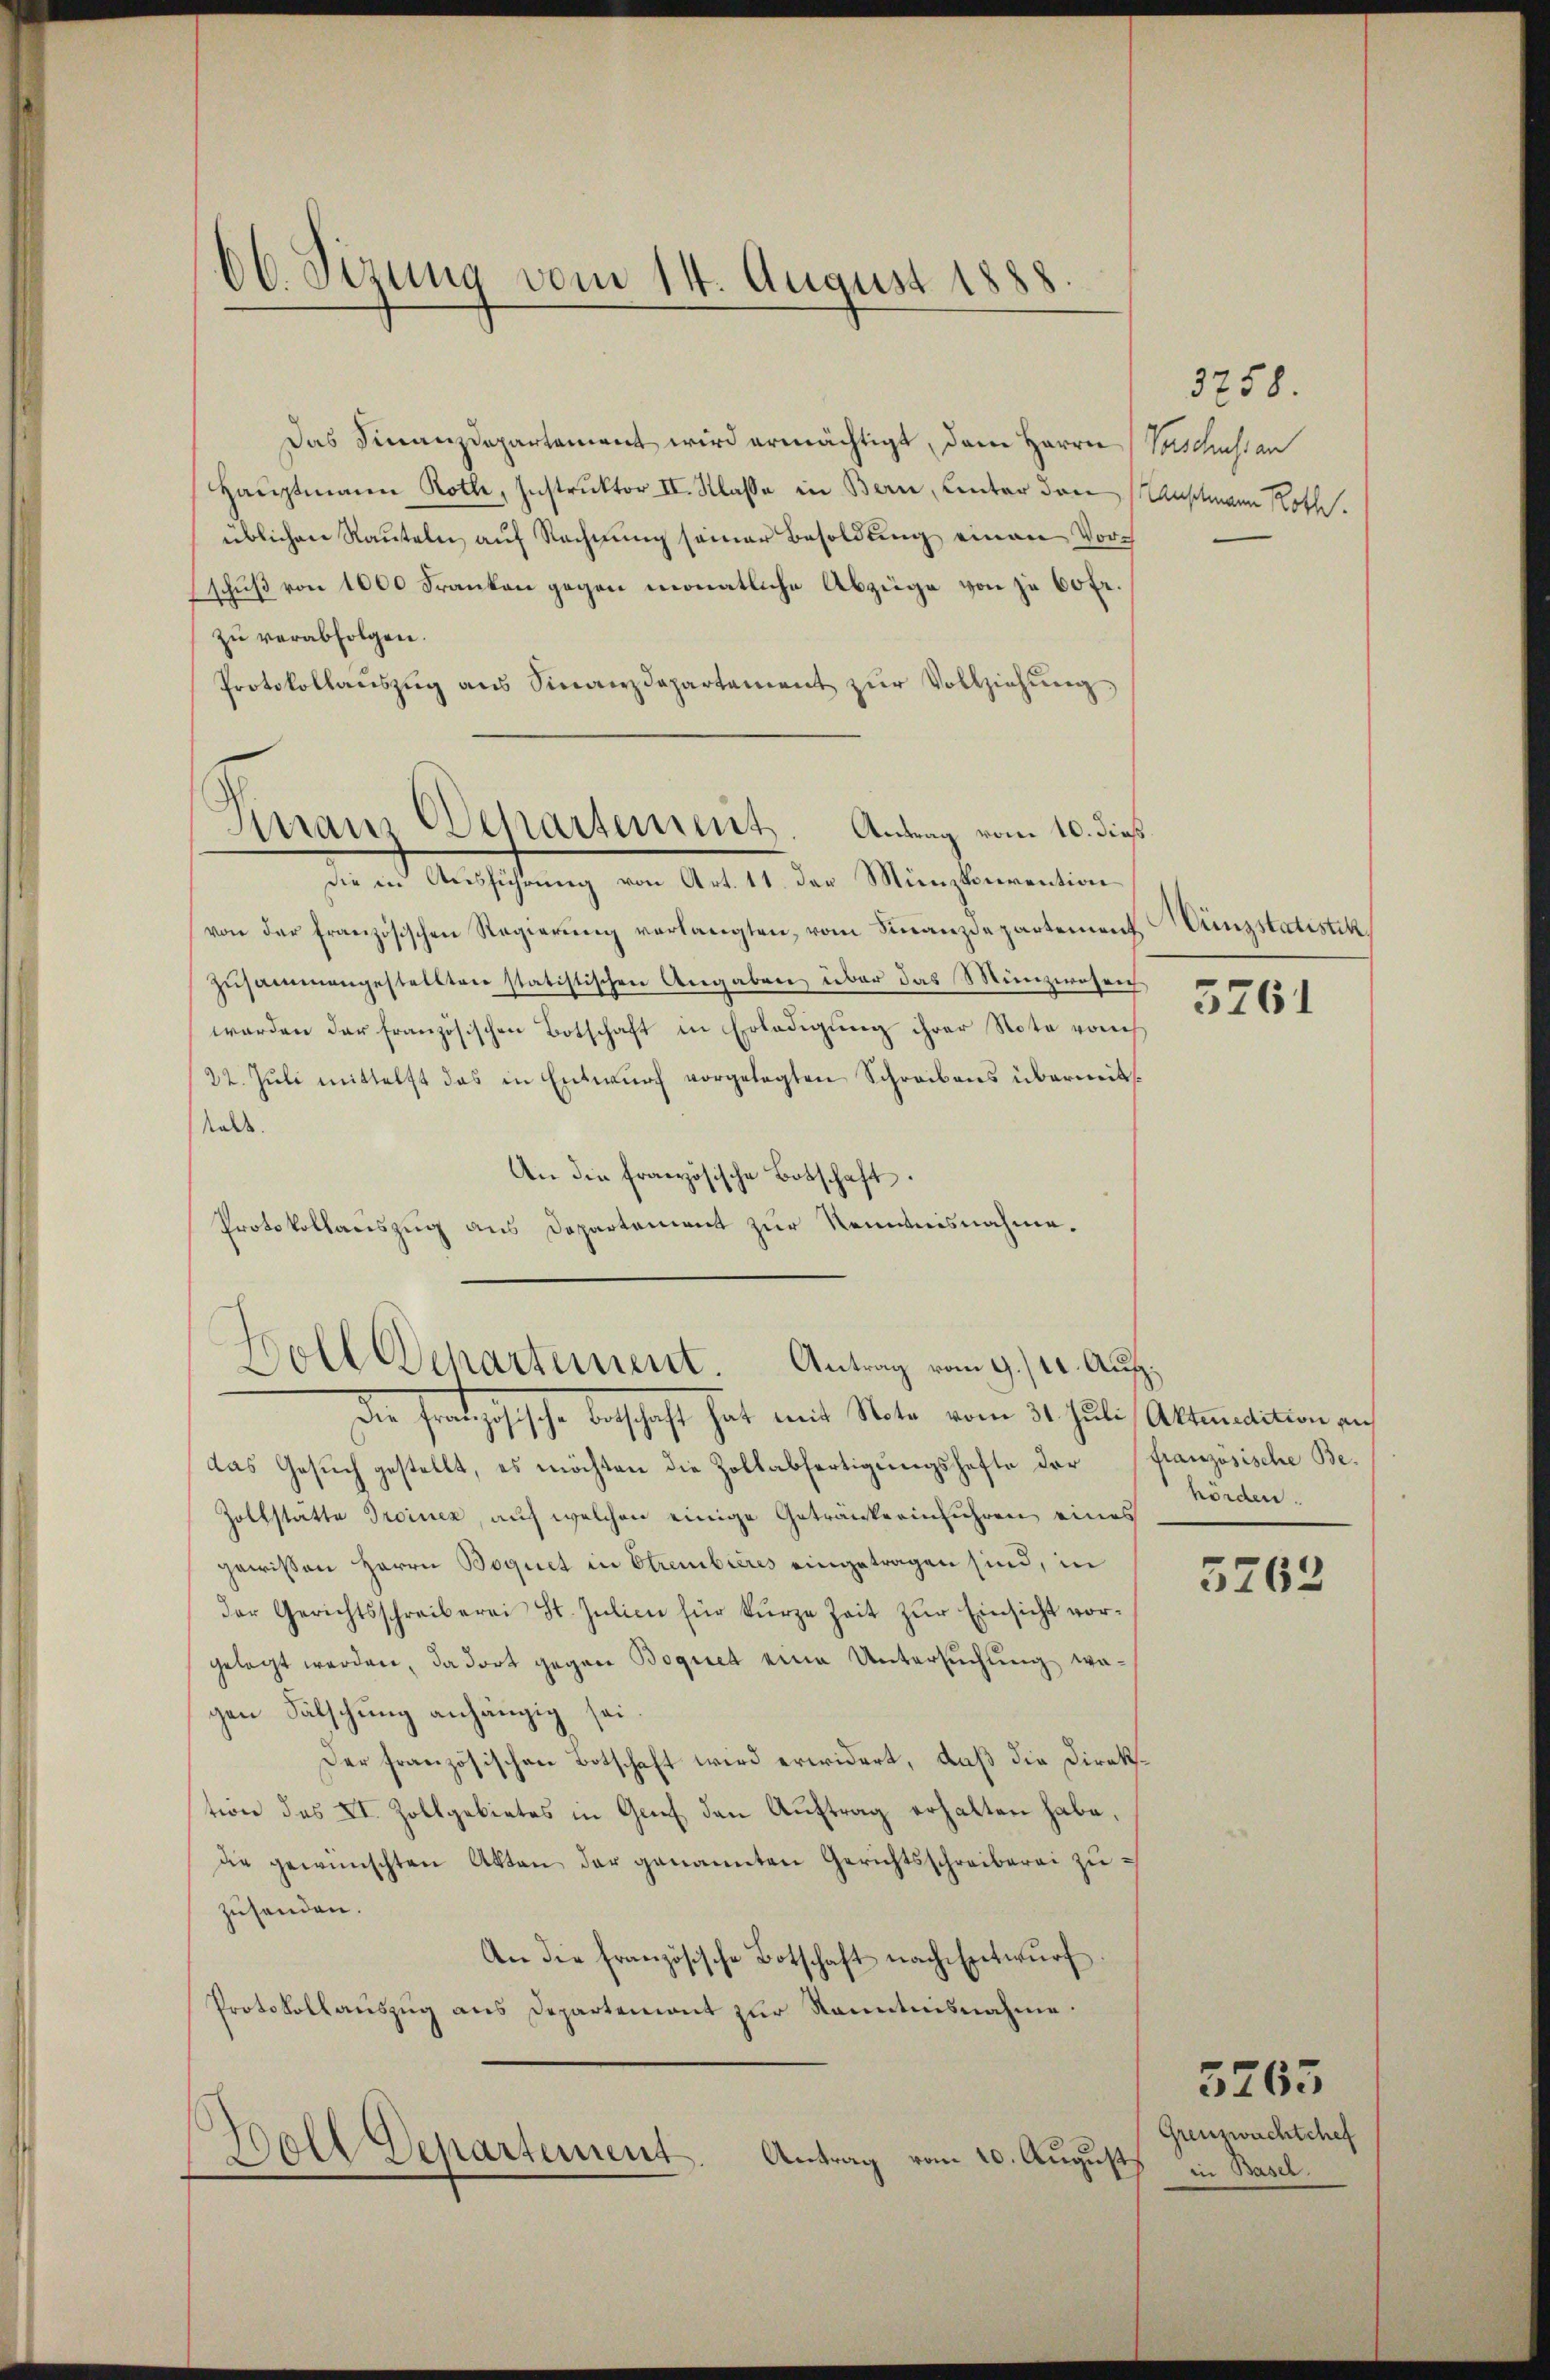
66. Sizung vom 14. August 1888

Das Finanzdepartament wird ermächtigt, dem Herrn Vorschuss an
Hauptmann Roth, Instruktor II. Klasse in Bern, Unter den
üblichen Raŭteln aŭf Rechnŭng seiner Besoldŭng einen Vorschuß von 1000 Franken gegen monatliche Abzüge von je 60 fr.
zŭ verabfolgen.
Protokollaŭszŭg aŭs Finanzdepartement zŭr Vollziehŭng
Die in Ausführung von Art. 11. der Münzkierention
von der französischen Regierung verlangten, vom Finanzdepartement, Dünzstatistik
zusammengestellten statistischen Angaben über das Munzirrsrich
werden der französischen Botschaft in Erledigung ihrer Note rauch
22. Juli mittelst das in Entwurf vorgelegten Schreibens übermit¬
Kalk.
An die Französische Botschaft.
Protokollauszug aus Departement zur Kenntnisnahme.
Boll Departement. Antrag vom 9./12. Aufdie Französische Betschaft hat mit Note vom 31. Juli, Altmadition von
das Gesuch gestellt, es möchten die Zollabfertigungshafte der
Zollstatte Droinez, auf welchen einige Getränkerinführen eines
gewissen Herrn Boguet in Strembières eingetragen sind, in
der Gerichtsschreiberei St. Julien für kurze Zeit zŭr Einsicht vorgelegt werden, da dort gegen Boguet eine Untersuchung wa-
gen Fälschung anhängig sei.
Der französischen Botschaft wird erwidert, daß die Direktion des XI. Zollgebietes in Genf den Auftrag erhalten habe,
die gewünschten Akten der genannten Gerichtsschreiberei zuzusenden.
An die französische Botschaft nach Entwŭrf
Protokollauszug aus Departemont zur Kenntnisnahme.
Woll Departement.
Antrag vom 10. August,

Inans chartement. Antrag vom 10. dieß

3758.
Anschmann Roth.

3761

französische Behörden.

3762

5263
Grenzwachtchef
in Basel.